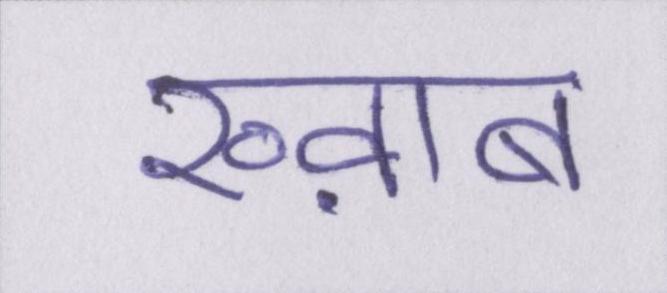
ख्व़ाब